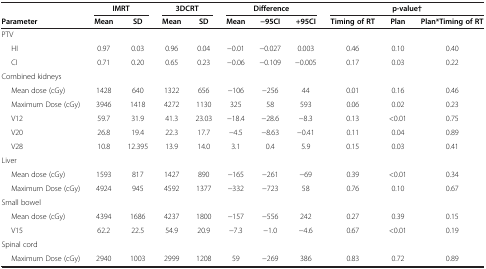
<table><thead><tr><td><b> </b></td><td colspan="2"><b>IMRT</b></td><td colspan="2"><b>3DCRT</b></td><td colspan="3"><b>Difference</b></td><td colspan="3"><b>p-value†</b></td></tr><tr><td><b>Parameter</b></td><td><b>Mean</b></td><td><b>SD</b></td><td><b>Mean</b></td><td><b>SD</b></td><td><b>Mean</b></td><td><b>−95CI</b></td><td><b>+95CI</b></td><td><b>Timing of RT</b></td><td><b>Plan</b></td><td><b>Plan*Timing of RT</b></td></tr></thead><tbody><tr><td>PTV</td><td> </td><td> </td><td> </td><td> </td><td> </td><td> </td><td> </td><td> </td><td> </td><td> </td></tr><tr><td>HI</td><td>0.97</td><td>0.03</td><td>0.96</td><td>0.04</td><td>−0.01</td><td>−0.027</td><td>0.003</td><td>0.46</td><td>0.10</td><td>0.40</td></tr><tr><td>CI</td><td>0.71</td><td>0.20</td><td>0.65</td><td>0.23</td><td>−0.06</td><td>−0.109</td><td>−0.005</td><td>0.17</td><td>0.03</td><td>0.22</td></tr><tr><td colspan="2">Combined kidneys</td><td> </td><td> </td><td> </td><td> </td><td> </td><td> </td><td> </td><td> </td><td> </td></tr><tr><td>Mean dose (cGy)</td><td>1428</td><td>640</td><td>1322</td><td>656</td><td>−106</td><td>−256</td><td>44</td><td>0.01</td><td>0.16</td><td>0.46</td></tr><tr><td>Maximum Dose (cGy)</td><td>3946</td><td>1418</td><td>4272</td><td>1130</td><td>325</td><td>58</td><td>593</td><td>0.06</td><td>0.02</td><td>0.23</td></tr><tr><td>V12</td><td>59.7</td><td>31.9</td><td>41.3</td><td>23.03</td><td>−18.4</td><td>−28.6</td><td>−8.3</td><td>0.13</td><td>&lt;0.01</td><td>0.75</td></tr><tr><td>V20</td><td>26.8</td><td>19.4</td><td>22.3</td><td>17.7</td><td>−4.5</td><td>−8.63</td><td>−0.41</td><td>0.11</td><td>0.04</td><td>0.89</td></tr><tr><td>V28</td><td>10.8</td><td>12.395</td><td>13.9</td><td>14.0</td><td>3.1</td><td>0.4</td><td>5.9</td><td>0.15</td><td>0.03</td><td>0.41</td></tr><tr><td>Liver</td><td> </td><td> </td><td> </td><td> </td><td> </td><td> </td><td> </td><td> </td><td> </td><td> </td></tr><tr><td>Mean dose (cGy)</td><td>1593</td><td>817</td><td>1427</td><td>890</td><td>−165</td><td>−261</td><td>−69</td><td>0.39</td><td>&lt;0.01</td><td>0.34</td></tr><tr><td>Maximum Dose (cGy)</td><td>4924</td><td>945</td><td>4592</td><td>1377</td><td>−332</td><td>−723</td><td>58</td><td>0.76</td><td>0.10</td><td>0.67</td></tr><tr><td>Small bowel</td><td> </td><td> </td><td> </td><td> </td><td> </td><td> </td><td> </td><td> </td><td> </td><td> </td></tr><tr><td>Mean dose (cGy)</td><td>4394</td><td>1686</td><td>4237</td><td>1800</td><td>−157</td><td>−556</td><td>242</td><td>0.27</td><td>0.39</td><td>0.15</td></tr><tr><td>V15</td><td>62.2</td><td>22.5</td><td>54.9</td><td>20.9</td><td>−7.3</td><td>−1.0</td><td>−4.6</td><td>0.67</td><td>&lt;0.01</td><td>0.19</td></tr><tr><td>Spinal cord</td><td> </td><td> </td><td> </td><td> </td><td> </td><td> </td><td> </td><td> </td><td> </td><td> </td></tr><tr><td>Maximum Dose (cGy)</td><td>2940</td><td>1003</td><td>2999</td><td>1208</td><td>59</td><td>−269</td><td>386</td><td>0.83</td><td>0.72</td><td>0.89</td></tr></tbody></table>